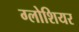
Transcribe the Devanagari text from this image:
ग्लोशियर